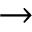
\to